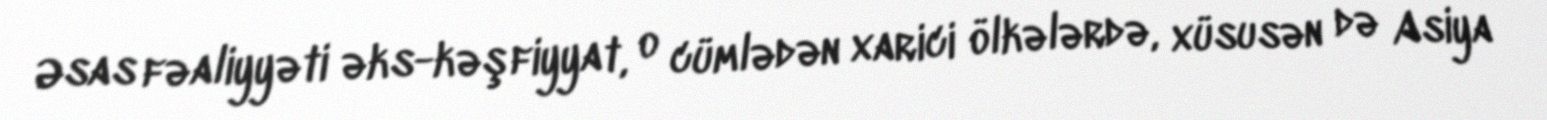
Əsas fəaliyyəti əks-kəşfiyyat, o cümlədən xarici ölkələrdə, xüsusən də Asiya